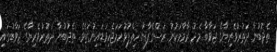
ތެދުބުނާ ދަތުރުވެރިޔާގެ ޖަވާބާ މެދު ރާމާމަކުނު ރަސްގެފާނު ހިތްޕުޅުހަމަޖެހިވަޑައިނުގަތެވެ. ތެދުބުނާ ދަތުރުވެރިޔާގެ ޖަވާބުގައި